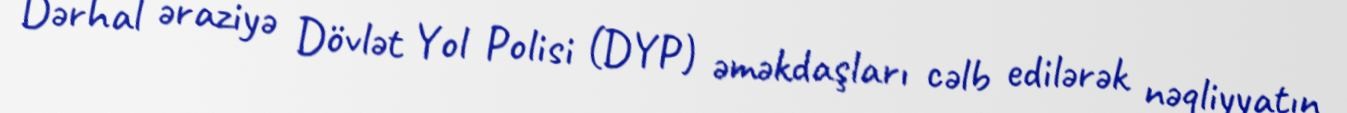
Dərhal əraziyə Dövlət Yol Polisi (DYP) əməkdaşları cəlb edilərək nəqliyyatın